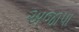
અજાપા